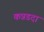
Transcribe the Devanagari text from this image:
कन्नडदा